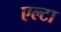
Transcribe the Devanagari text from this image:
एल्टा